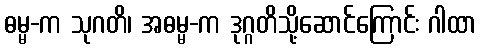
ဓမ္မ-က သုဂတိ၊ အဓမ္မ-က ဒုဂ္ဂတိသို့ဆောင်ကြောင်း ဂါထာ